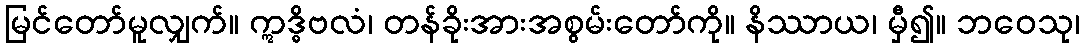
မြင်တော်မူလျှက်။ ဣဒ္ဓိဗလံ၊ တန်ခိုးအားအစွမ်းတော်ကို။ နိဿာယ၊ မှီ၍။ ဘဝေသု၊